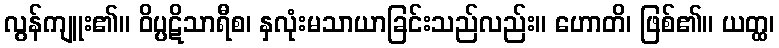
လွန်ကျူး၏။ ဝိပ္ပဋိသာရီစ၊ နှလုံးမသာယာခြင်းသည်လည်း။ ဟောတိ၊ ဖြစ်၏။ ယတ္ထ၊